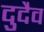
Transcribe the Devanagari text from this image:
दुदैव